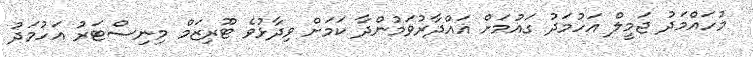
މުހައްމަދު ޖަމީލް އަހުމަދު ގައުމަށް ޣައްދާރުވަމުންދާ ކަމަށް ވިދާޅުވެ ޓޫރިޒަމް މިނިސްޓަރު އަހުމަދު